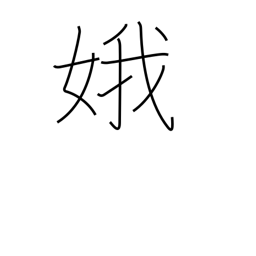
Meaning: beautiful